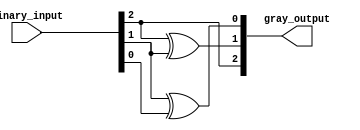
module gray_code_encoder #(
    parameter N = 3  // Default bit width is 3
)(
    input  [N-1:0] binary_input,  // n-bit binary input
    output [N-1:0] gray_output     // n-bit Gray code output
);

    // Combinational logic for binary to Gray code conversion
    assign gray_output[N-1] = binary_input[N-1]; // G[n-1] = B[n-1]
    
    genvar i;
    generate
        for (i = N-2; i >= 0; i = i - 1) begin : gray_conversion
            assign gray_output[i] = binary_input[i+1] ^ binary_input[i]; // G[i] = B[i+1] XOR B[i]
        end
    endgenerate

endmodule